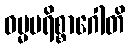
ဓမ္မပရိစ္စာဂေါတိ